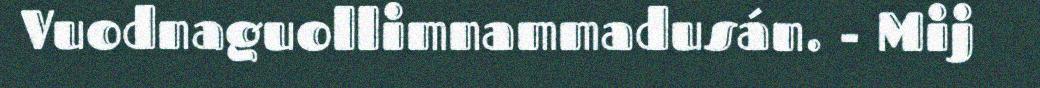
Vuodnaguollimnammadusán. - Mij